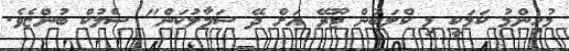
މުހިންމު ކަމަކީ މި ކްލަބުން ޓޫރޭ އަށް ދޭ ސަމާލުކަން" ސެލުކް ބުންޏެވެ.